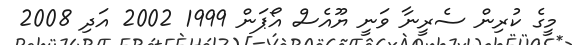
މީގެ ކުރިން ސެރީނާ ވަނީ ޔޫއެސް އޯޕަން 1999 2002 އަދި 2008